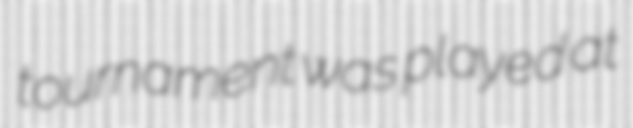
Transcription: tournament was played at